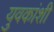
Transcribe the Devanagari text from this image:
युवकांशी